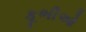
કૂભીઓ